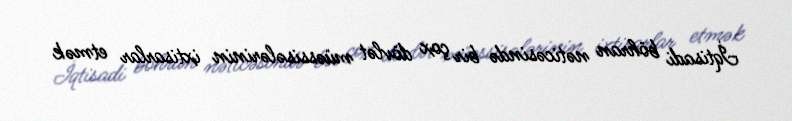
İqtisadi böhran nəticəsində bir çox dövlət müəssisələrinin ixtisarlar etmək